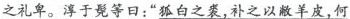
之礼卑。淳于髡等日：”狐白之裘，补之以敝羊皮，何